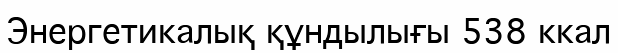
Энергетикалық құндылығы 538 ккал